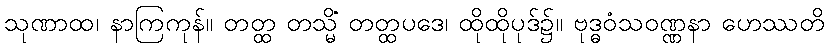
သုဏာထ၊ နာကြကုန်။ တတ္ထ တသ္မိံ တတ္ထပဒေ၊ ထိုထိုပုဒ်၌။ ဗုဒ္ဓဝံသဝဏ္ဏနာ ဟေဿတိ